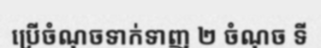
ប្រើចំណុចទាក់ទាញ ២ ចំណុច ទី